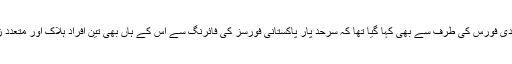
بھارتی سرحدی فورس کی طرف سے بھی کہا گیا تھا کہ سرحد پار پاکستانی فورسز کی فائرنگ سے اس کے ہاں بھی تین افراد ہلاک اور متعدد زخمی ہوئے۔